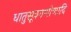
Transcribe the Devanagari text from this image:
धातुसूत्रगणोणादि